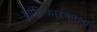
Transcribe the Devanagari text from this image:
क्रांतिकारकाला